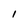
Character: 1